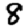
Digit: 8